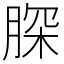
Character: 𦜊